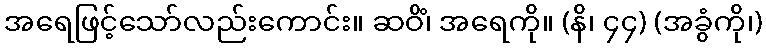
အရေဖြင့်သော်လည်းကောင်း။ ဆဝိံ၊ အရေကို။ (နိ၊ ၄၄) (အခွံကို၊)